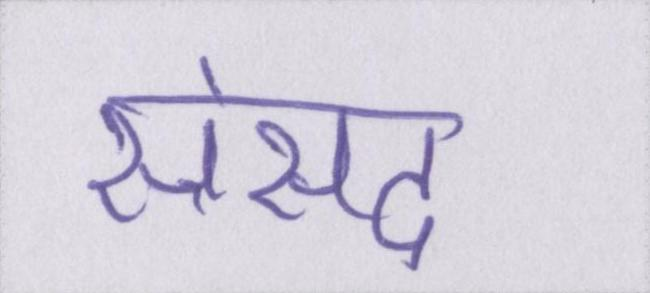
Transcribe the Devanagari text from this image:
सँसद